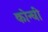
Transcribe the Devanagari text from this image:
कोन्ची